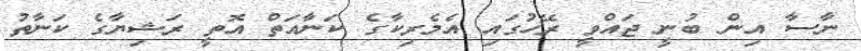
ނާސާ އިން ބުނީ ޖައްވީ ރޭހުގައި އެމެރިކާގެ ކަނާއަތް އޮތީ ރަޝިޔާގެ ކަނާތު